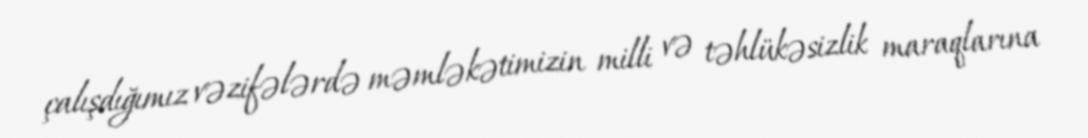
çalışdığımız vəzifələrdə məmləkətimizin milli və təhlükəsizlik maraqlarına